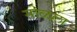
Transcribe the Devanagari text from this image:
सोळला